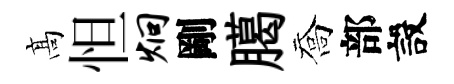
髙怛炯剛臈喬部設